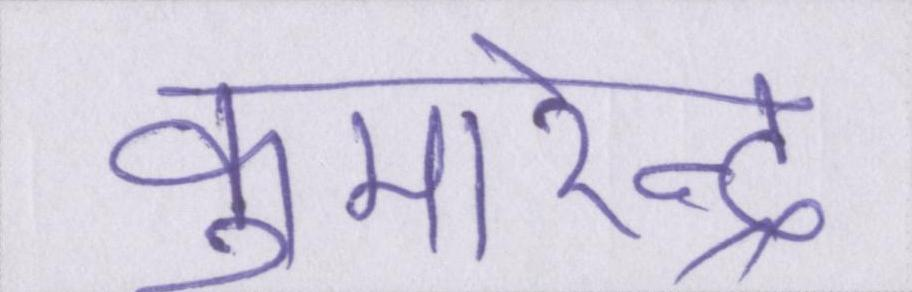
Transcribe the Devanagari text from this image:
कुमारेन्द्र